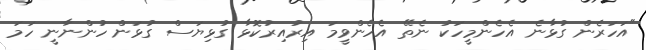
"އަހަރެން ގުޅާނެ އެހެންމީހަކު ނެތޭ އެހެންވީމަ އިރުއިރުކޮޅާ ގުޅިޔަސް ގުޅަން ހުންނާނީ ހަމަ